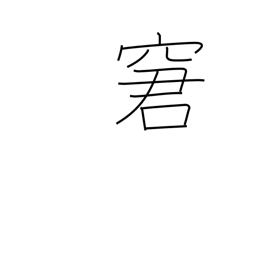
Meaning: rebuke